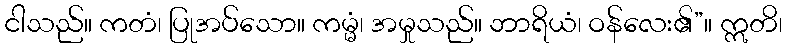
ငါသည်။ ကတံ၊ ပြုအပ်သော။ ကမ္မံ၊ အမှုသည်။ ဘာရိယံ၊ ဝန်လေး၏”။ ဣတိ၊